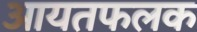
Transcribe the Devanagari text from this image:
आयतफलक